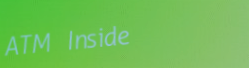
ATM Inside